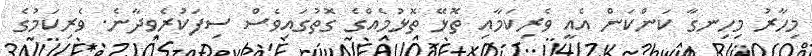
މިހާރު މިހިނގާ ކަންކަން އެއީ ވެރިކަމާއި ތޮޅޭ ތޮޅުމެއްގެ ގޮތުގައިވެސް ސިފަކުރެވިދާނެ. ވެރިކަމުގެ